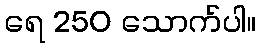
ရေ 250 သောက်ပါ။